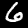
Digit: 6